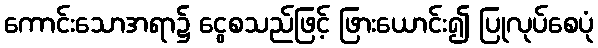
ကောင်းသောအရာ၌ ငွေစသည်ဖြင့် ဖြားယောင်း၍ ပြုလုပ်စေပုံ